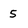
Character: 5